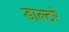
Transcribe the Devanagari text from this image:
डाल्टरे